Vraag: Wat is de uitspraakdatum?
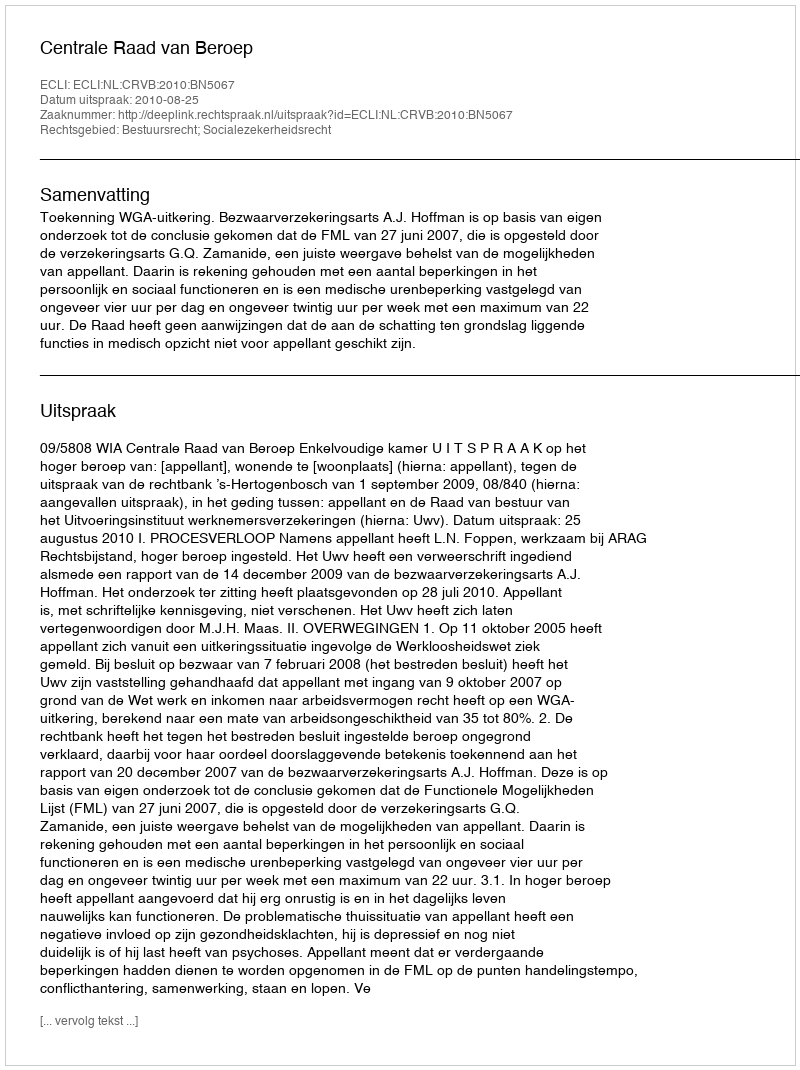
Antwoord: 2010-08-25